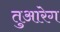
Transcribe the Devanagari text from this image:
तुआरेग